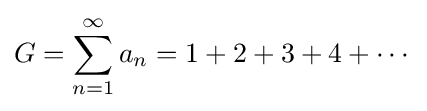
G=\sum _{n=1}^{\infty }a_{n}=1+2+3+4+\cdots